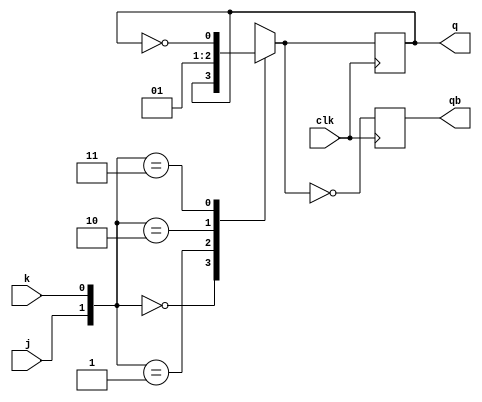
`timescale 1ns / 1ps
//////////////////////////////////////////////////////////////////////////////////
// Company: 
// Engineer: 
// 
// Design Name: 
// Module Name:    jkff 
// Project Name: 
// Target Devices: 
// Tool versions: 
// Description: 
//
// Dependencies: 
//
// Revision: 
// Revision 0.01 - File Created
// Additional Comments: 
//
//////////////////////////////////////////////////////////////////////////////////

module jkff(
    input j, k, clk,
    output reg q, qb
    );
    
    initial 
    q=1'b0;

    always @(posedge clk)
    begin
        case({j,k})
            2'b00:q=q;
            2'b01:q=1'b0;
            2'b10:q=1'b1;
            2'b11:q=(~q);
        endcase
    qb=(~q);
    end
    
endmodule